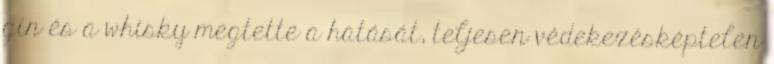
gin és a whisky megtette a hatását, teljesen védekezésképtelen